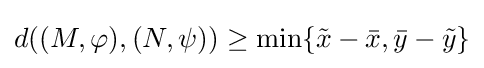
d((M,\varphi ),(N,\psi ))\geq \min\{{\tilde {x}}-{\bar {x}},{\bar {y}}-{\tilde {y}}\}